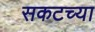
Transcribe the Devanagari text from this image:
सकटच्या